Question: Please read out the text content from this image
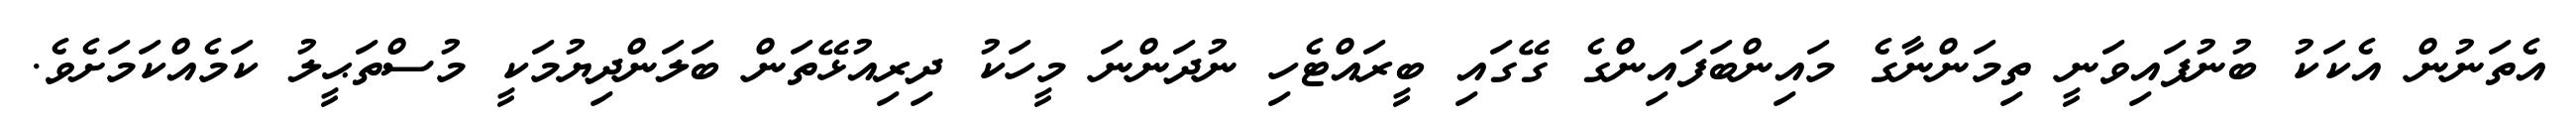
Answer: އެތަނުން އެކަކު ބުނުފައިވަނީ ތިމަންނާގެ މައިންބަފައިންގެ ގޭގައި ބީރައްޓެހި ނުދަންނަ މީހަކު ދިރިއުޅޭތަން ބަލަންދިޔުމަކީ މުސްތަޙީލު ކަމެއްކަމަށެވެ.